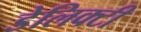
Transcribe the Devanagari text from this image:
डेलिक्टी